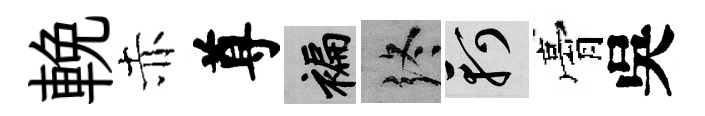
輓赤尊褊终軻膏吳